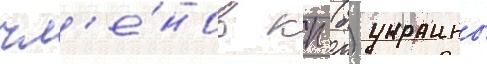
чл'е́нов кп (б) украины